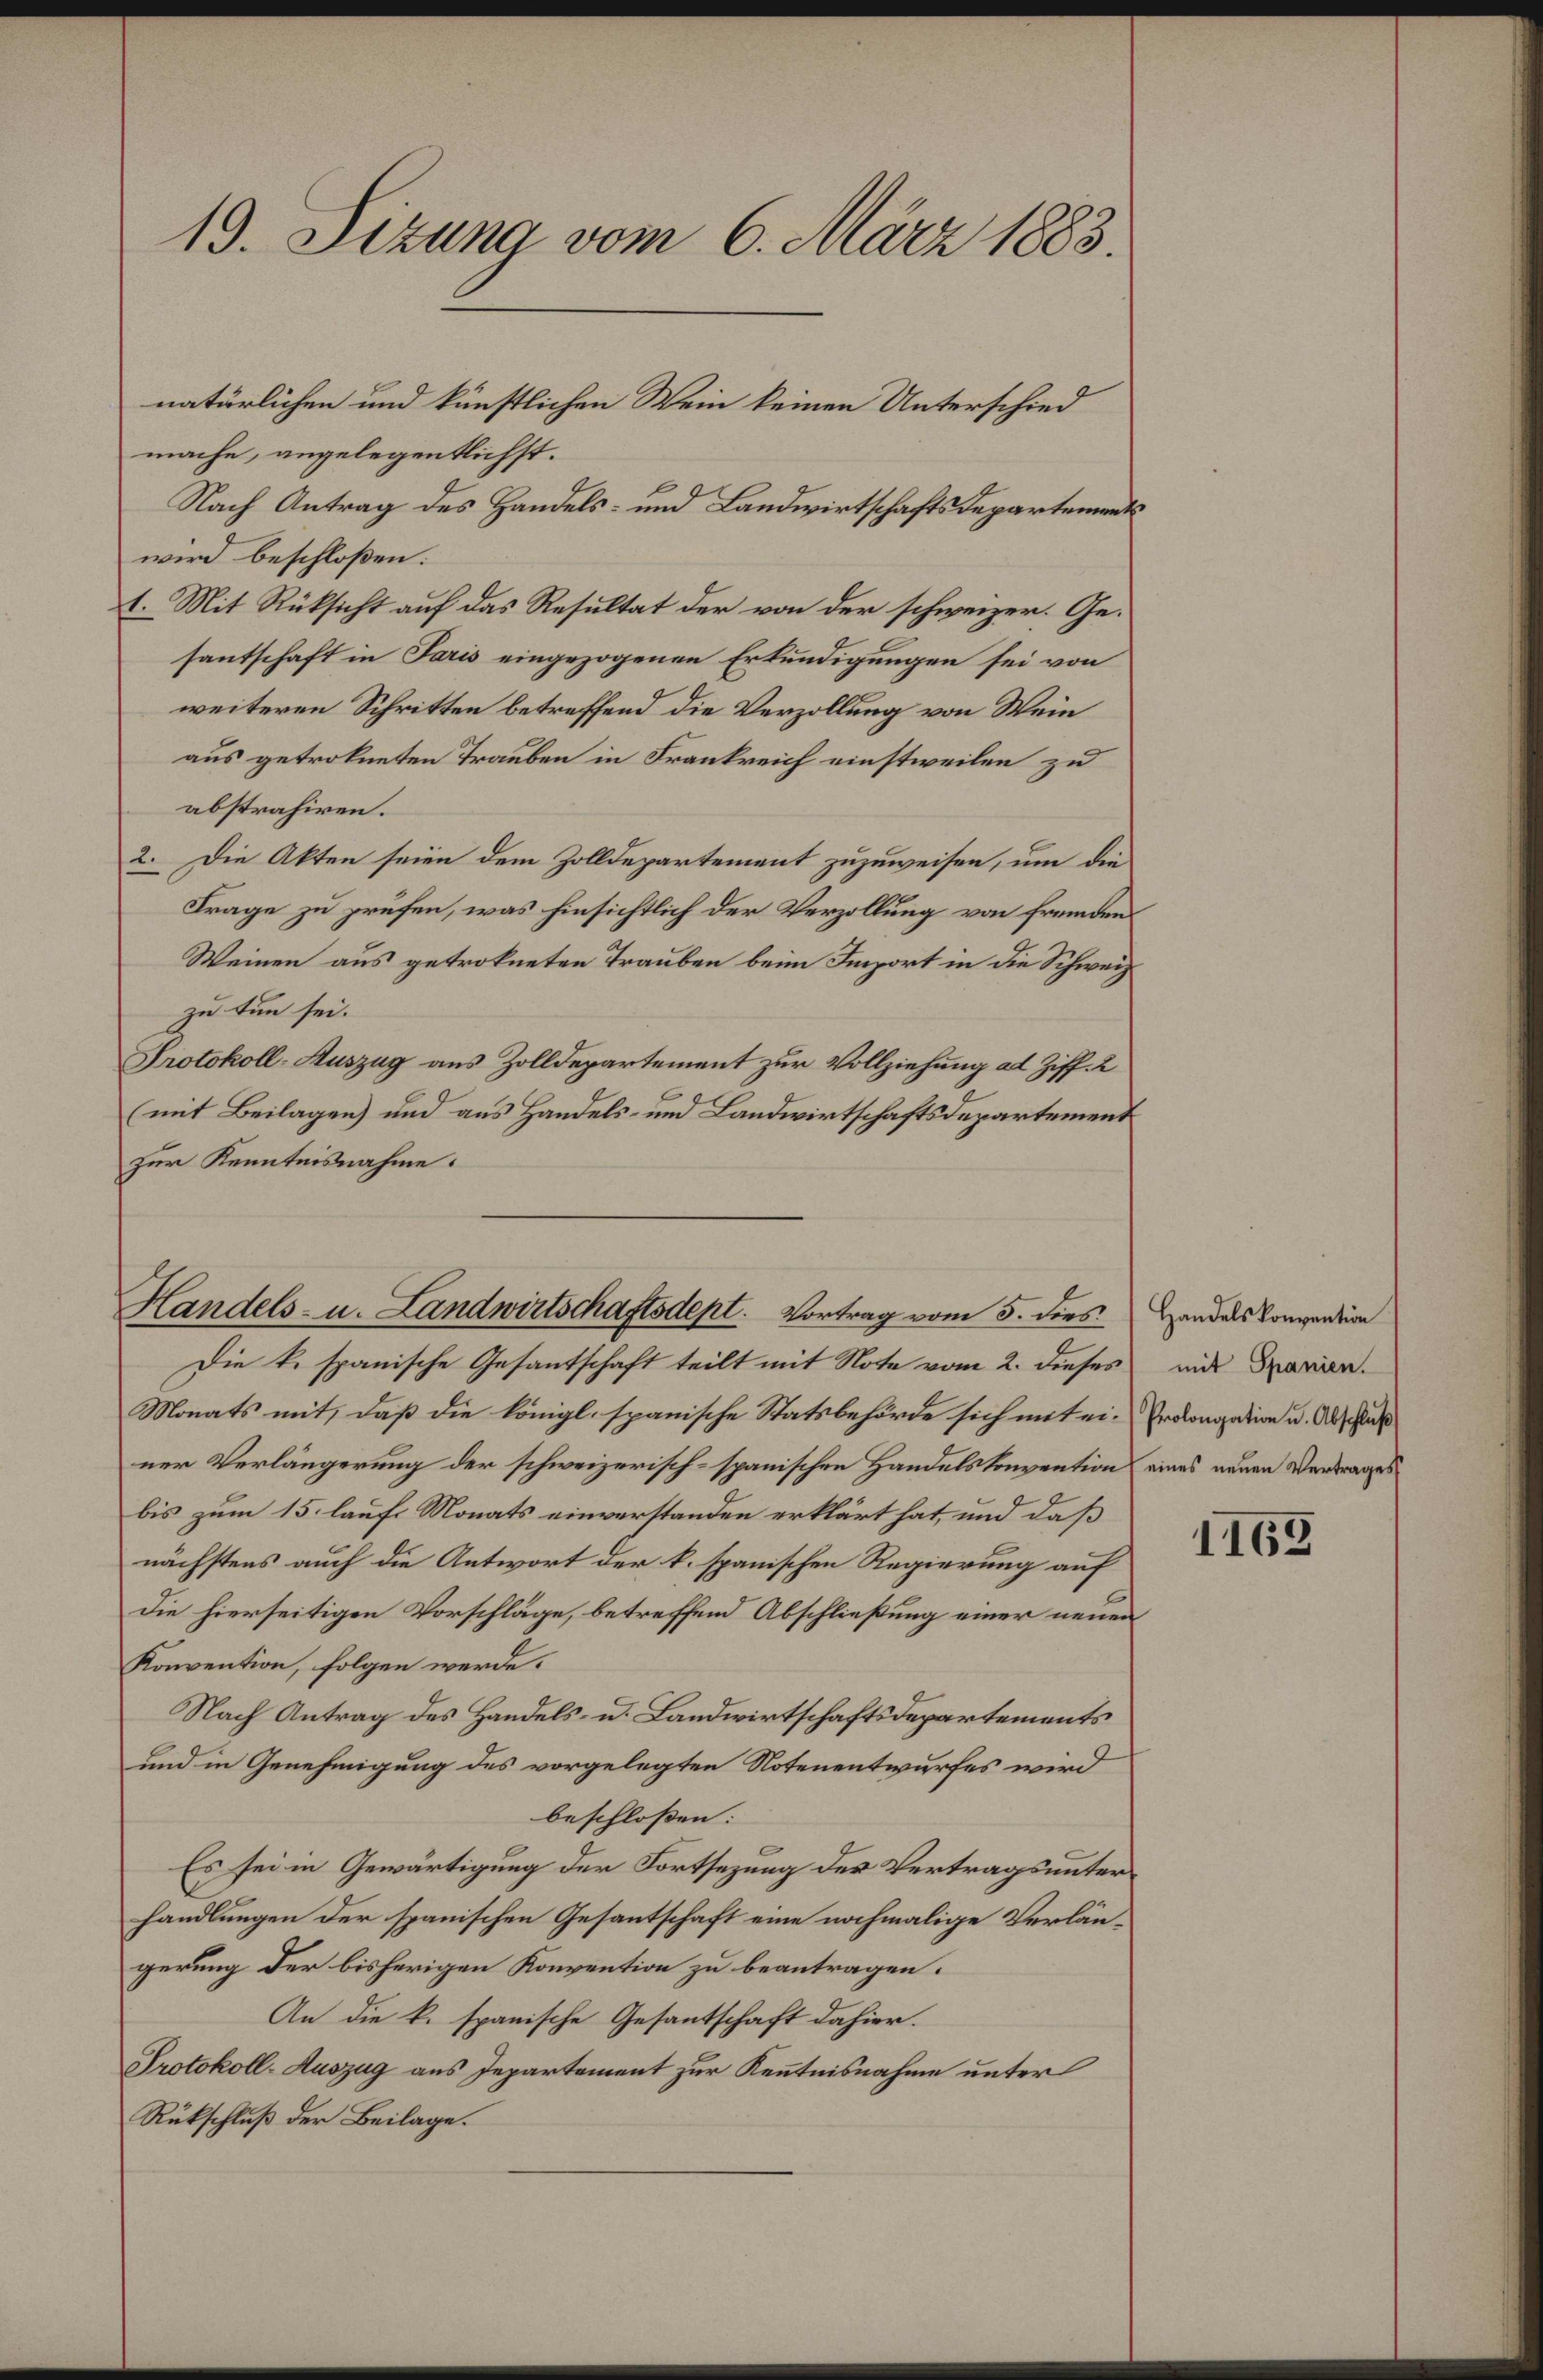
19. Sizung vom 6. März 1883.

mache, angelegentlichst.
Nach Antrag des Handels- und Landwirtschaftsdepartements
wird beschloßen:
1. Mit Rüksicht auf das Resultat der von der schweizer. Gesantschaft in Paris eingezogenen Erkundigungen sei von
weiteren Schritten betreffend die Verzollung von Wein
aus getrokneten Trauben in Frankreich einstweilen zu
abstrahiren.
2. Die Akten seien dem Zolldepartement zuzuweisen, um die
Frage zu prüfen, was hinsichtlich der Verzollung von fremden
Weinen aus getrokneten Trauben beim Import in die Schweiz
zu tun sei.
Protokoll-Auszug aus Zolldepartement zur Vollziehung al Ziff. 2
(mit Beilagen) und aus Handels- und Landwirtschaftsdepartement
zur Kenntnisnahme.

natürlichen und künstlichen Wein keinen Unterschied

Handels- u. Landwirtschaftsdept. Vortrag vom 5. dies Handes Convention

Die k. spanische Gesantschaft teilt mit Note vom 2. dieses mit Sparen.
Monats mit, daß die Königl. spanische Statsbehörde sich mit ein Prolongation u. Abschluß
ner Verlängerung der schweizerisch-spanischen Handelskonvention eines neuen Vortrages
bis zum 15. lauf Monats einverstanden erklärt hat, und daß
nächstens auch die Antwort der k. spanischen Regierung auf
die hierseitigen Vorschläge, betreffend Abschließung einer neuen
Konvention, folgen werde.
Nach Antrag des Handels- u. Landwirtschaftsdepartements
und in Genehmigung des vorgelegten Notenentwurfes wird
beschloßen:
Es sei in Gewärtigung der Fortsezung der Vertragsunterhandlungen der spanischen Gesantschaft eine nochmalige Verlängerung der bisherigen Konvention zu beantragen.
An die k. spanische Gesantschaft dahier.
Protokoll-Auszug aus Departement zur Kenntnisnahme unter
Rückschluß der Beilage.

1168